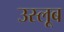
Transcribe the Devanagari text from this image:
उस्लूब